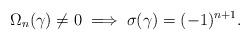
LaTeX: \begin{align*}\Omega_n(\gamma)\neq 0 \implies \sigma(\gamma)=(-1)^{n+1}.\end{align*}